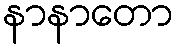
နာနာတော